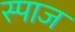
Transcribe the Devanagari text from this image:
स्पाज